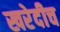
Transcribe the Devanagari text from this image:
खरेदीच